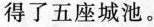
得了五座城池。